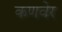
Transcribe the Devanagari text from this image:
कणवेर